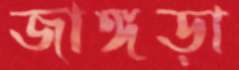
জাঙ্গড়া